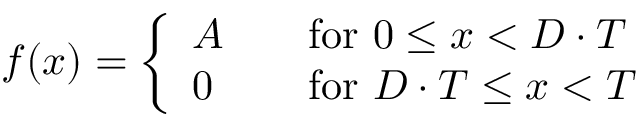
f ( x ) = { \left\{ \begin{array} { l l } { A } & { \quad { \mathrm { f o r ~ } } 0 \leq x < D \cdot T } \\ { 0 } & { \quad { \mathrm { f o r ~ } } D \cdot T \leq x < T } \end{array} \right. }